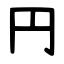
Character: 円